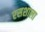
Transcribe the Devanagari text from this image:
रसशाला